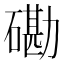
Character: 磡